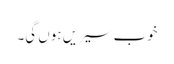
خوب سیریں ہوں گی۔